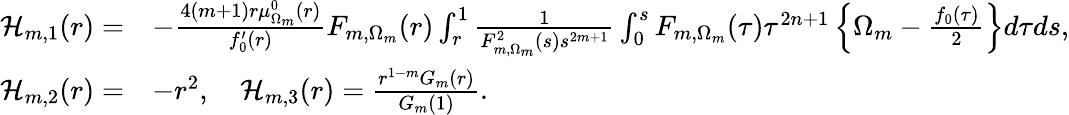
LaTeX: \begin{array}{rl}{\mathcal{H}_{m,1}(r)=}&{-\frac{4(m+1)r\mu_{\Omega_{m}}^{0}(r)}{f_{0}^{\prime}(r)}F_{m,\Omega_{m}}(r)\int_{r}^{1}\frac{1}{F_{m,\Omega_{m}}^{2}(s)s^{2m+1}}\int_{0}^{s}F_{m,\Omega_{m}}(\tau)\tau^{2n+1}\left\{ \Omega_{m}-\frac{f_{0}(\tau)}{2}\right\} d\tau ds,}\\ {\mathcal{H}_{m,2}(r)=}&{-r^{2},\quad\mathcal{H}_{m,3}(r)=\frac{r^{1-m}G_{m}(r)}{G_{m}(1)}.}\end{array}